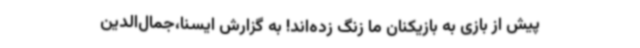
پیش از بازی به بازیکنان ما زنگ زده‌اند! به گزارش ایسنا،جمال‌الدین